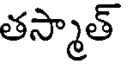
తస్మాత్